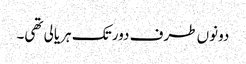
دونوں طرف دور تک ہریالی تھی۔